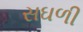
સઘળી